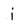
Character: i